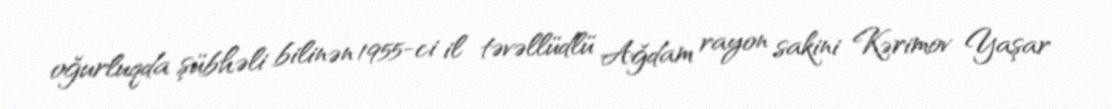
oğurluqda şübhəli bilinən 1955-ci il təvəllüdlü Ağdam rayon sakini Kərimov Yaşar